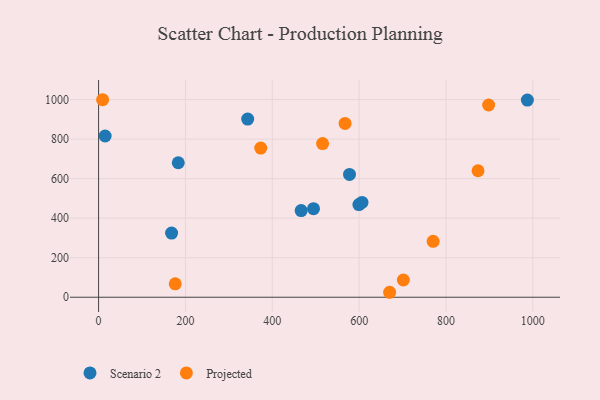
{"axis": {"x": "Speed", "y": "Salary"}, "legend": ["Projected", "Scenario 2"], "data": [{"x": "343.3", "y": 901.4, "type": "Scenario 2"}, {"x": "599.4", "y": 469.1, "type": "Scenario 2"}, {"x": "577.8", "y": 621.6, "type": "Scenario 2"}, {"x": "466.5", "y": 438.3, "type": "Scenario 2"}, {"x": "606.6", "y": 479.9, "type": "Scenario 2"}, {"x": "494.9", "y": 448.0, "type": "Scenario 2"}, {"x": "183.5", "y": 680.6, "type": "Scenario 2"}, {"x": "168.1", "y": 324.8, "type": "Scenario 2"}, {"x": "987.4", "y": 997.7, "type": "Scenario 2"}, {"x": "15.1", "y": 815.8, "type": "Scenario 2"}, {"x": "770.4", "y": 283.0, "type": "Projected"}, {"x": "873.8", "y": 639.9, "type": "Projected"}, {"x": "176.5", "y": 68.0, "type": "Projected"}, {"x": "670.2", "y": 25.1, "type": "Projected"}, {"x": "701.8", "y": 87.3, "type": "Projected"}, {"x": "9.3", "y": 999.4, "type": "Projected"}, {"x": "898.2", "y": 972.6, "type": "Projected"}, {"x": "567.6", "y": 879.5, "type": "Projected"}, {"x": "515.8", "y": 777.3, "type": "Projected"}, {"x": "373.4", "y": 755.0, "type": "Projected"}]}